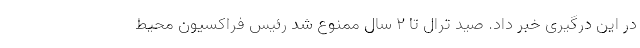
در این درگیری خبر داد. صید ترال تا ۲ سال ممنوع شد رئیس فراکسیون محیط